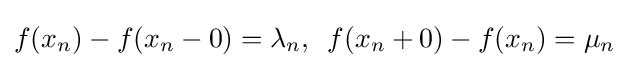
f(x_{n})-f(x_{n}-0)=\lambda _{n},\,\,\,f(x_{n}+0)-f(x_{n})=\mu _{n}